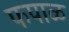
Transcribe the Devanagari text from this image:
फपाळ